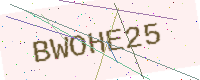
Text: BWOHE25